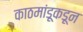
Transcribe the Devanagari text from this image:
काठमांडूकडून